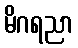
မိဂရညာ